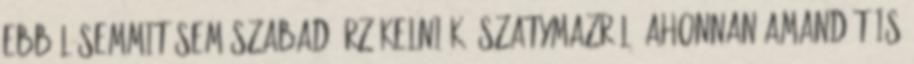
ebből semmit sem szabad érzékelniük. Szatymazról, ahonnan Amandát is